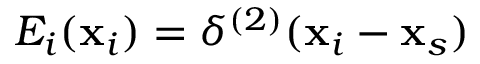
E _ { i } ( \mathbf { x } _ { i } ) = \delta ^ { ( 2 ) } ( \mathbf { x } _ { i } - \mathbf { x } _ { s } )